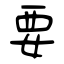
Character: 要